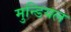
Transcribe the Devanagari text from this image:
मुन्डियल